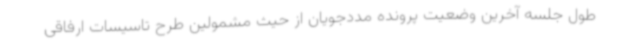
طول جلسه آخرین وضعیت پرونده مددجویان از حیث مشمولین طرح تاسیسات ارفاقی